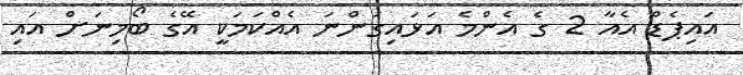
އައިޕެޑް އެއާ 2 ގެ އެންމެ އަޅައިގަންނަ އެއްކަމަކީ އޭގެ ބޯމިނަށް އައި